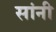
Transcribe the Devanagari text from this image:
सांनी